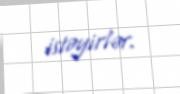
istəyirlər.